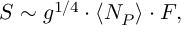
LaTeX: S \sim g ^ { 1 / 4 } \cdot \langle N _ { P } \rangle \cdot F ,